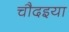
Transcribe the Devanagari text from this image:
चौदइया